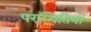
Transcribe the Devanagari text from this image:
परस्थितियां